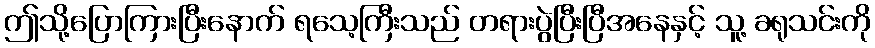
ဤသို့ပြောကြားပြီးနောက် ရသေ့ကြီးသည် တရားပွဲပြီးပြီအနေနှင့် သူ့ ခရုသင်းကို